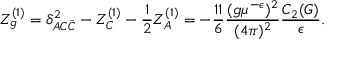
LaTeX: Z _ { g } ^ { ( 1 ) } = \delta _ { A C \bar { C } } ^ { 2 } - Z _ { C } ^ { ( 1 ) } - \frac 1 2 Z _ { A } ^ { ( 1 ) } = - \frac { 1 1 } 6 \frac { ( g \mu ^ { - \epsilon } ) ^ { 2 } } { ( 4 \pi ) ^ { 2 } } \frac { C _ { 2 } ( G ) } { \epsilon } .